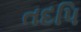
તદપિ